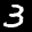
Label: 3